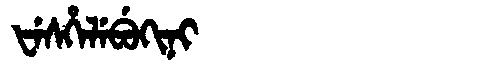
Manchu: ᡶᡝᠰᡥᡝᠯᡝᠪᡠᡴᡳᠨᡳ
Romanization: FESHELEBUKINI